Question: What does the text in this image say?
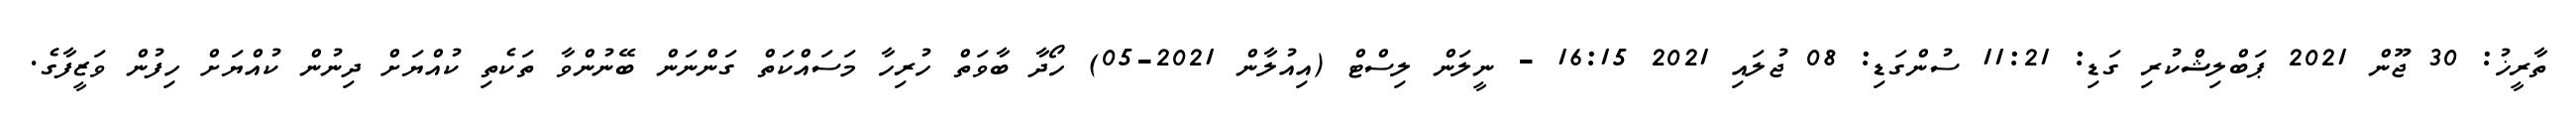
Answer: ތާރީޚު: 30 ޖޫން 2021 ޕަބްލިޝްކުރި ގަޑި: 11:21 ސުންގަޑި: 08 ޖުލައި 2021 16:15 - ނީލަން ލިސްޓް (އިއުލާން 2021-05) ހޯދާ ބާވަތް ހުރިހާ މަސައްކަތް ގަންނަން ބޭނުންވާ ތަކެތި ކުއްޔަށް ދިނުން ކުއްޔަށް ހިފުން ވަޒީފާގެ.